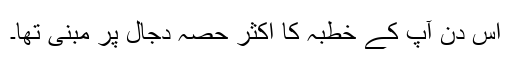
اس دن آپ کے خطبہ کا اکثر حصہ دجال پر مبنی تھا۔